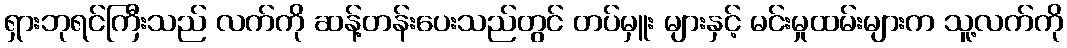
ရှားဘုရင်ကြီးသည် လက်ကို ဆန့်တန်းပေးသည်တွင် တပ်မှူး များနှင့် မင်းမှုထမ်းများက သူ့လက်ကို